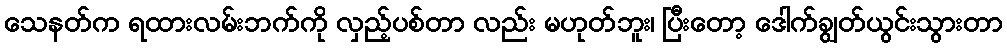
သေနတ်က ရထားလမ်းဘက်ကို လှည့်ပစ်တာ လည်း မဟုတ်ဘူး၊ ပြီးတော့ ဒေါက်ချွတ်ယွင်းသွားတာ